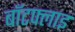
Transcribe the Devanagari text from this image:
बॉटफ्लाइ